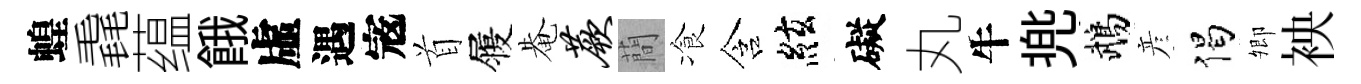
蝗毳蕴餓虛遇𡨥首履𤲅蕨蕳飡含絃礙丸牛兠鵡彦偈𡖖䘧